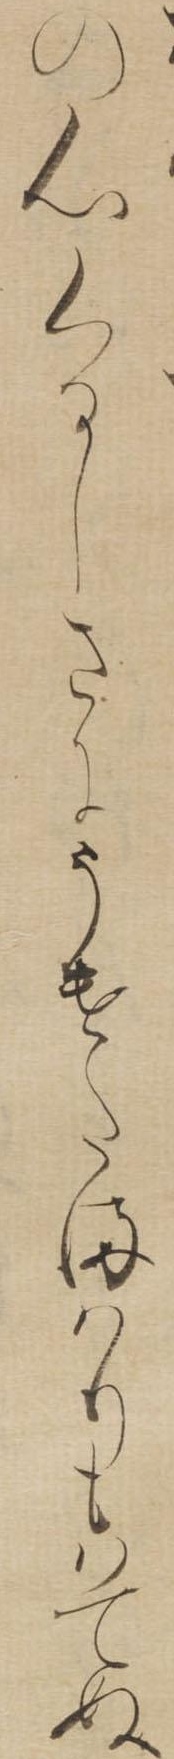
の心くるしさにうけたまはりもはてぬ